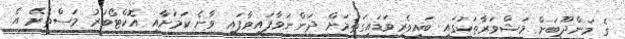
ގެ މަންދޫބަށް މަޝްވަރާތަކުގައި ބައިވެރިވަޑައިގަތުމަށް ދަންނަވާފައިވާފައި ވާނެ ކަމަށާއި އޮކްޓޯބަރު މަސްތެރޭ އެ